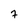
Character: 7